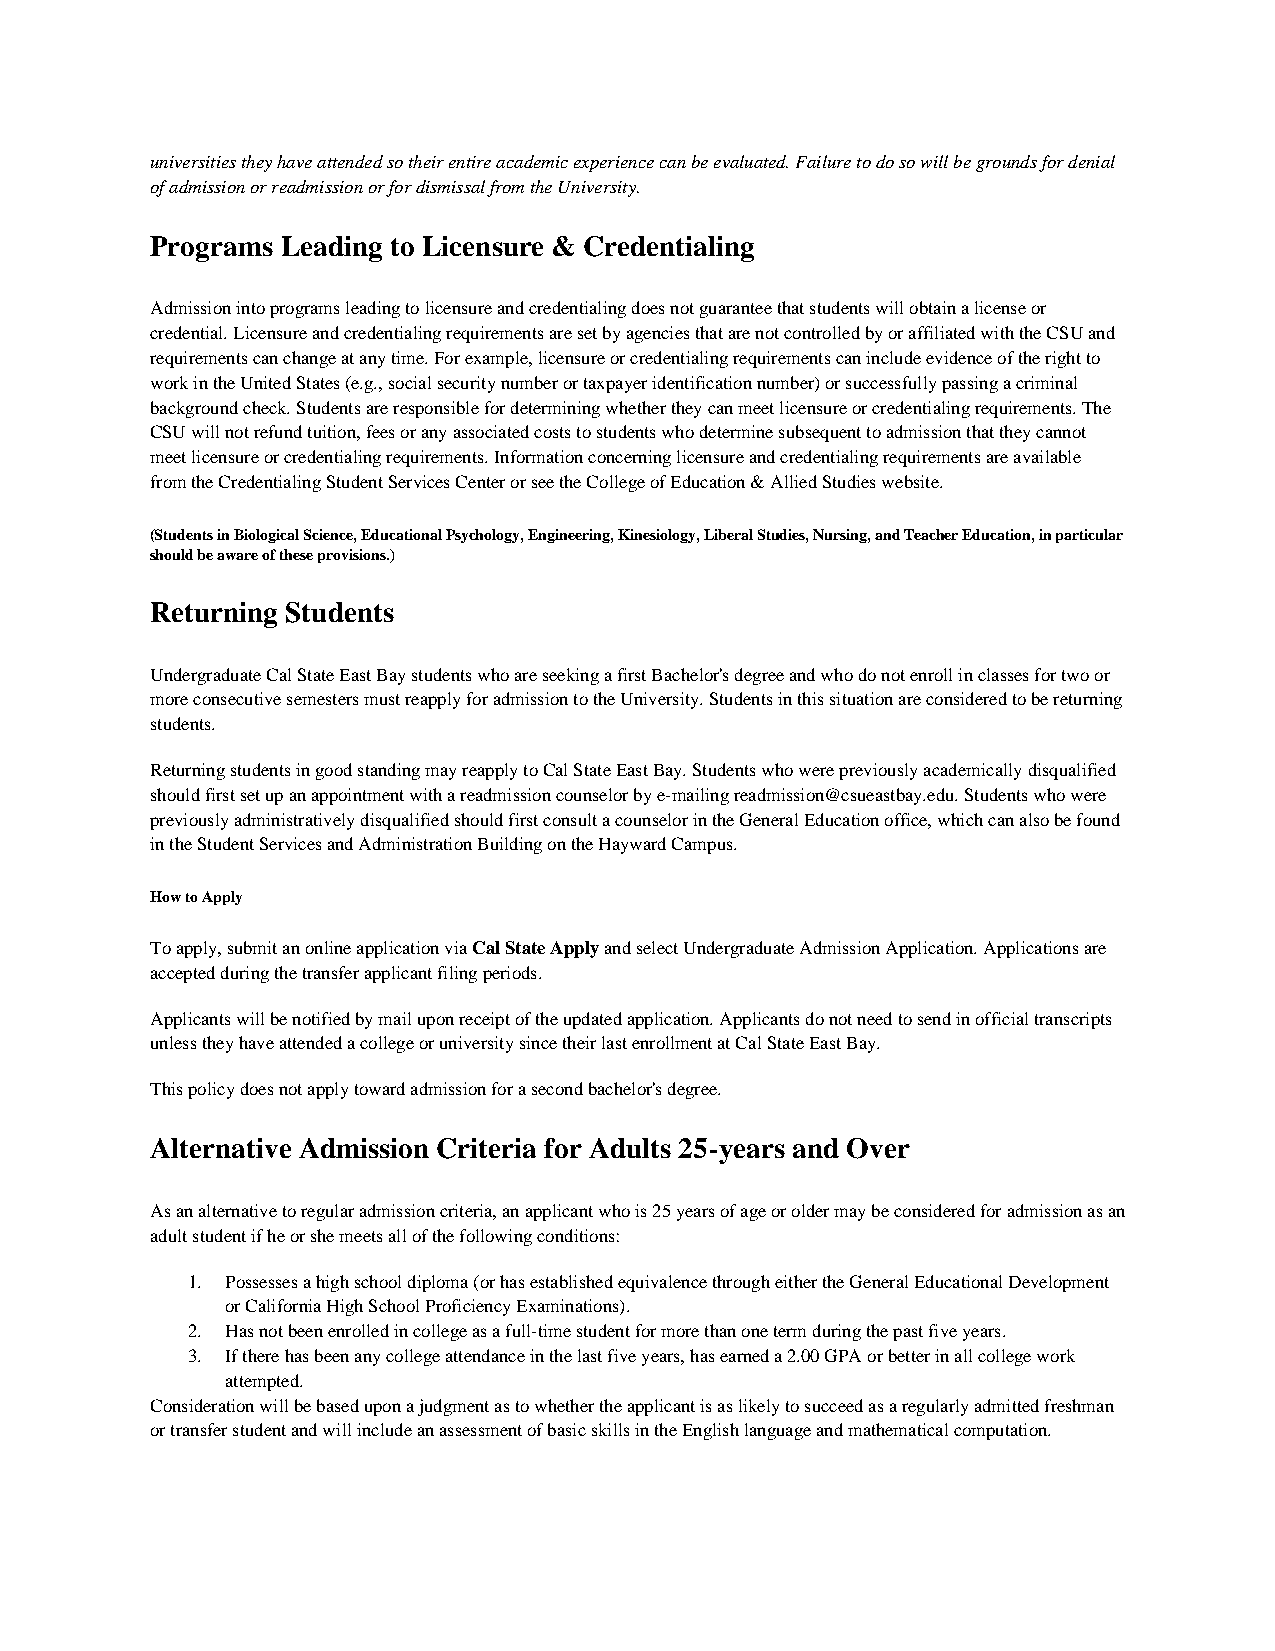
universities they have attended so their entire academic experience can be evaluated. Failure to do so will be grounds for denial
 of admission or readmission or for dismissal from the University.
 Programs Leading to Licensure & Credentialing
 Admission into programs leading to licensure and credentialing does not guarantee that students will obtain a license or
 credential. Licensure and credentialing requirements are set by agencies that are not controlled by or affiliated with the CSU and
 requirements can change at any time. For example, licensure or credentialing requirements can include evidence of the right to
 work in the United States (e.g., social security number or taxpayer identification number) or successfully passing a criminal
 background check. Students are responsible for determining whether they can meet licensure or credentialing requirements. The
 CSU will not refund tuition, fees or any associated costs to students who determine subsequent to admission that they cannot
 meet licensure or credentialing requirements. Information concerning licensure and credentialing requirements are available
 from the Credentialing Student Services Center or see the College of Education & Allied Studies website.
 (Students in Biological Science, Educational Psychology, Engineering, Kinesiology, Liberal Studies, Nursing, and Teacher Education, in particular
 should be aware of these provisions.)
 Returning Students
 Undergraduate Cal State East Bay students who are seeking a first Bachelor's degree and who do not enroll in classes for two or
 more consecutive semesters must reapply for admission to the University. Students in this situation are considered to be returning
 students.
 Returning students in good standing may reapply to Cal State East Bay. Students who were previously academically disqualified
 should first set up an appointment with a readmission counselor by e-mailing readmission@csueastbay.edu. Students who were
 previously administratively disqualified should first consult a counselor in the General Education office, which can also be found
 in the Student Services and Administration Building on the Hayward Campus.
 How to Apply
 To apply, submit an online application via Cal State Apply and select Undergraduate Admission Application. Applications are
 accepted during the transfer applicant filing periods.
 Applicants will be notified by mail upon receipt of the updated application. Applicants do not need to send in official transcripts
 unless they have attended a college or university since their last enrollment at Cal State East Bay.
 This policy does not apply toward admission for a second bachelor's degree.
 Alternative Admission Criteria for Adults 25-years and Over
 As an alternative to regular admission criteria, an applicant who is 25 years of age or older may be considered for admission as an
 adult student if he or she meets all of the following conditions:
 1. Possesses a high school diploma (or has established equivalence through either the General Educational Development
 or California High School Proficiency Examinations).
 2. Has not been enrolled in college as a full-time student for more than one term during the past five years.
 3. If there has been any college attendance in the last five years, has earned a 2.00 GPA or better in all college work
 attempted.
 Consideration will be based upon a judgment as to whether the applicant is as likely to succeed as a regularly admitted freshman
 or transfer student and will include an assessment of basic skills in the English language and mathematical computation.